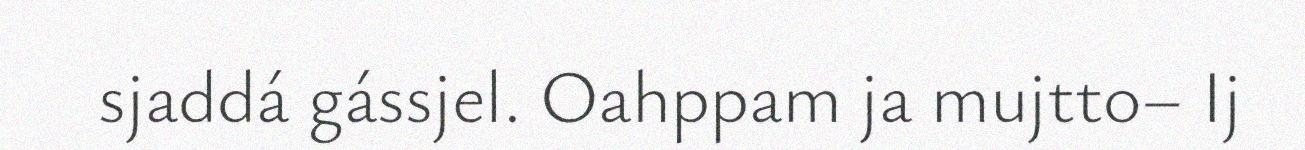
sjaddá gássjel. Oahppam ja mujtto– Ij